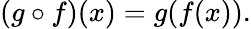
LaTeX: (g\circ f)(x)=g(f(x)).